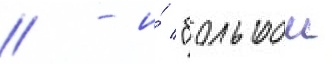
// - и́ "большои